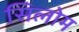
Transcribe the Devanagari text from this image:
सिलोम